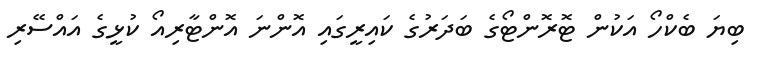
ބިޔަ ބެކްހޯ އަކުން ޓޮރޮންޓޯގެ ބަދަރުގެ ކައިރީގައި އޮންނަ އޮންޓާރިއޯ ކުޅީގެ އައްސޭރި